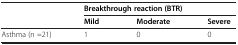
| <ROWSPAN=2>  | <COLSPAN=3> Breakthrough reaction (BTR) |
 | Mild | Moderate | Severe |
 | --- | --- | --- | --- |
 | Asthma (n =21) | 1 | 0 | 0 |